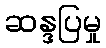
ဆန္ဒပြမှု